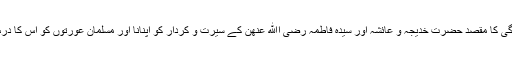
ان کی زندگی کا مقصد حضرت خدیجہ و عائشہ اور سیدہ فاطمہ رضی اﷲ عنھن کے سیرت و کردار کو اپنانا اور مسلمان عورتوں کو اس کا درس دینا تھا۔